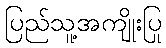
ပြည်သူ့အကျိုးပြု